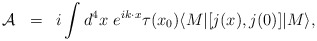
\begin{align*}\begin{array}{rcl}{\cal A}&=&\displaystyle i\int d^4x~e^{ik\cdot x}\tau(x_0)\langle M|[j(x),j(0)]|M\rangle,\end{array}\end{align*}